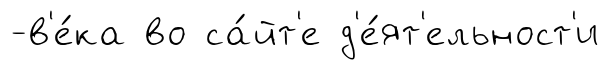
-в'е́ка во са́йт'е д'е́ят'ельност'и